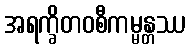
အရက္ခိတဝစီကမ္မန္တဿ